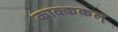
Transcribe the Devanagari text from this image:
काक्ककल्